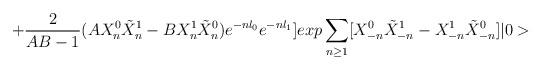
LaTeX: \begin{align*}+\frac{2}{AB-1} (AX_{n}^{0}\tilde{X}_{n}^{1}-BX_{n}^{1} \tilde{X}_{n}^{0})e^{-nl_{0}}e^{-nl_{1}}]exp\sum_{n \geq 1}[X_{-n}^{0}\tilde{X}_{-n}^{1}-X_{-n}^{1}\tilde{X}_{-n}^{0}]|0>\end{align*}